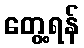
တွေ့ရန်